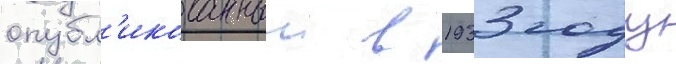
опубл'икованныи в 1933 году